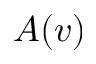
A ( v )